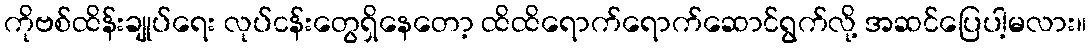
ကိုဗစ်ထိန်းချုပ်ရေး လုပ်ငန်းတွေရှိနေတော့ ထိထိရောက်ရောက်ဆောင်ရွက်လို့ အဆင်ပြေပါ့မလား။